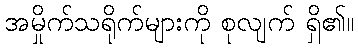
အမှိုက်သရိုက်များကို စုလျက် ရှိ၏။